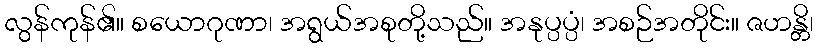
လွန်ကုန်၏။ စယောဂုဏာ၊ အရွယ်အစုတို့သည်။ အနုပ္ပပ္ပံ၊ အစဉ်အတိုင်း။ ဇဟန္တိ၊